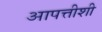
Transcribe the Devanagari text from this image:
आपत्तीशी